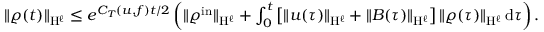
\begin{array} { r } { \Vert \varrho ( t ) \Vert _ { \mathrm { H } ^ { \ell } } \leq e ^ { C _ { T } ( u , f ) t / 2 } \left( \Vert \varrho ^ { \mathrm { i n } } \Vert _ { \mathrm { H } ^ { \ell } } + \int _ { 0 } ^ { t } \left[ \Vert u ( \tau ) \Vert _ { \mathrm { H } ^ { \ell } } + \Vert B ( \tau ) \Vert _ { \mathrm { H } ^ { \ell } } \right] \Vert \varrho ( \tau ) \Vert _ { \mathrm { H } ^ { \ell } } \, \mathrm { d } \tau \right) . } \end{array}